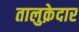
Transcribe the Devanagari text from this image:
तालुक़ेदार